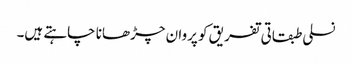
نسلی طبقاتی تفریق کو پروان چڑھانا چاہتے ہیں۔